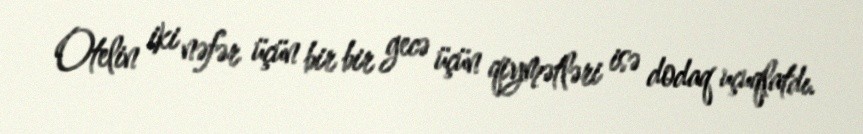
Otelin iki nəfər üçün bir bir gecə üçün qiymətləri isə dodaq uçuqlatdı.